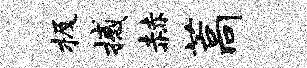
极撼赫藁